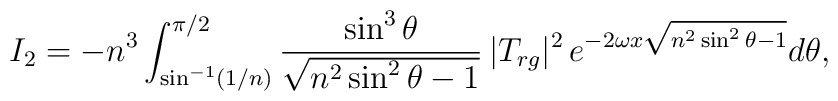
I_2 = -n^3 \int_{\sin^{-1}(1/n)}^{\pi/2} {\sin^3\theta\over\sqrt{n^2 \sin^2\theta - 1}} \,| T_{rg} |^2 \,e^{-2\omega x \sqrt{n^2 \sin^2\theta - 1}}d\theta,